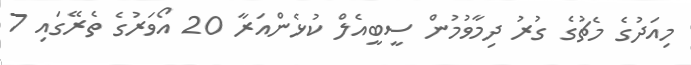
މިއަދުގެ މެޗުގެ ގުރު ދިމާވުމުން ސީބީއެލް ކުޅެންއަރާ 20 އޯވަރުގެ ތެރޭގައި 7